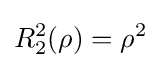
R_{2}^{2}(\rho )=\rho ^{2}